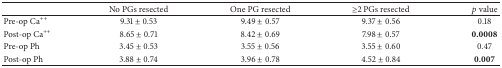
|  | No PGs resected | One PG resected | ≥2 PGs resected | p value |
 | --- | --- | --- | --- | --- |
 | Pre-op Ca++ | 9.31 ± 0.53 | 9.49 ± 0.57 | 9.37 ± 0.56 | 0.18 |
 | Post-op Ca++ | 8.65 ± 0.71 | 8.42 ± 0.69 | 7.98 ± 0.57 | 0.0008 |
 | Pre-op Ph | 3.45 ± 0.53 | 3.55 ± 0.56 | 3.55 ± 0.60 | 0.47 |
 | Post-op Ph | 3.88 ± 0.74 | 3.96 ± 0.78 | 4.52 ± 0.84 | 0.007 |